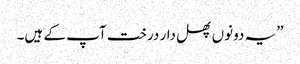
”یہ دونوں پھل دار درخت آپ کے ہیں۔